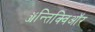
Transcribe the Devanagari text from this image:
ॲन्तिक्विऑर